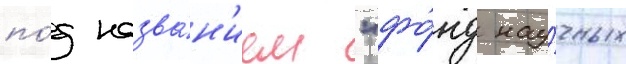
по́д назва́н'ием "фо́нд нау́чных